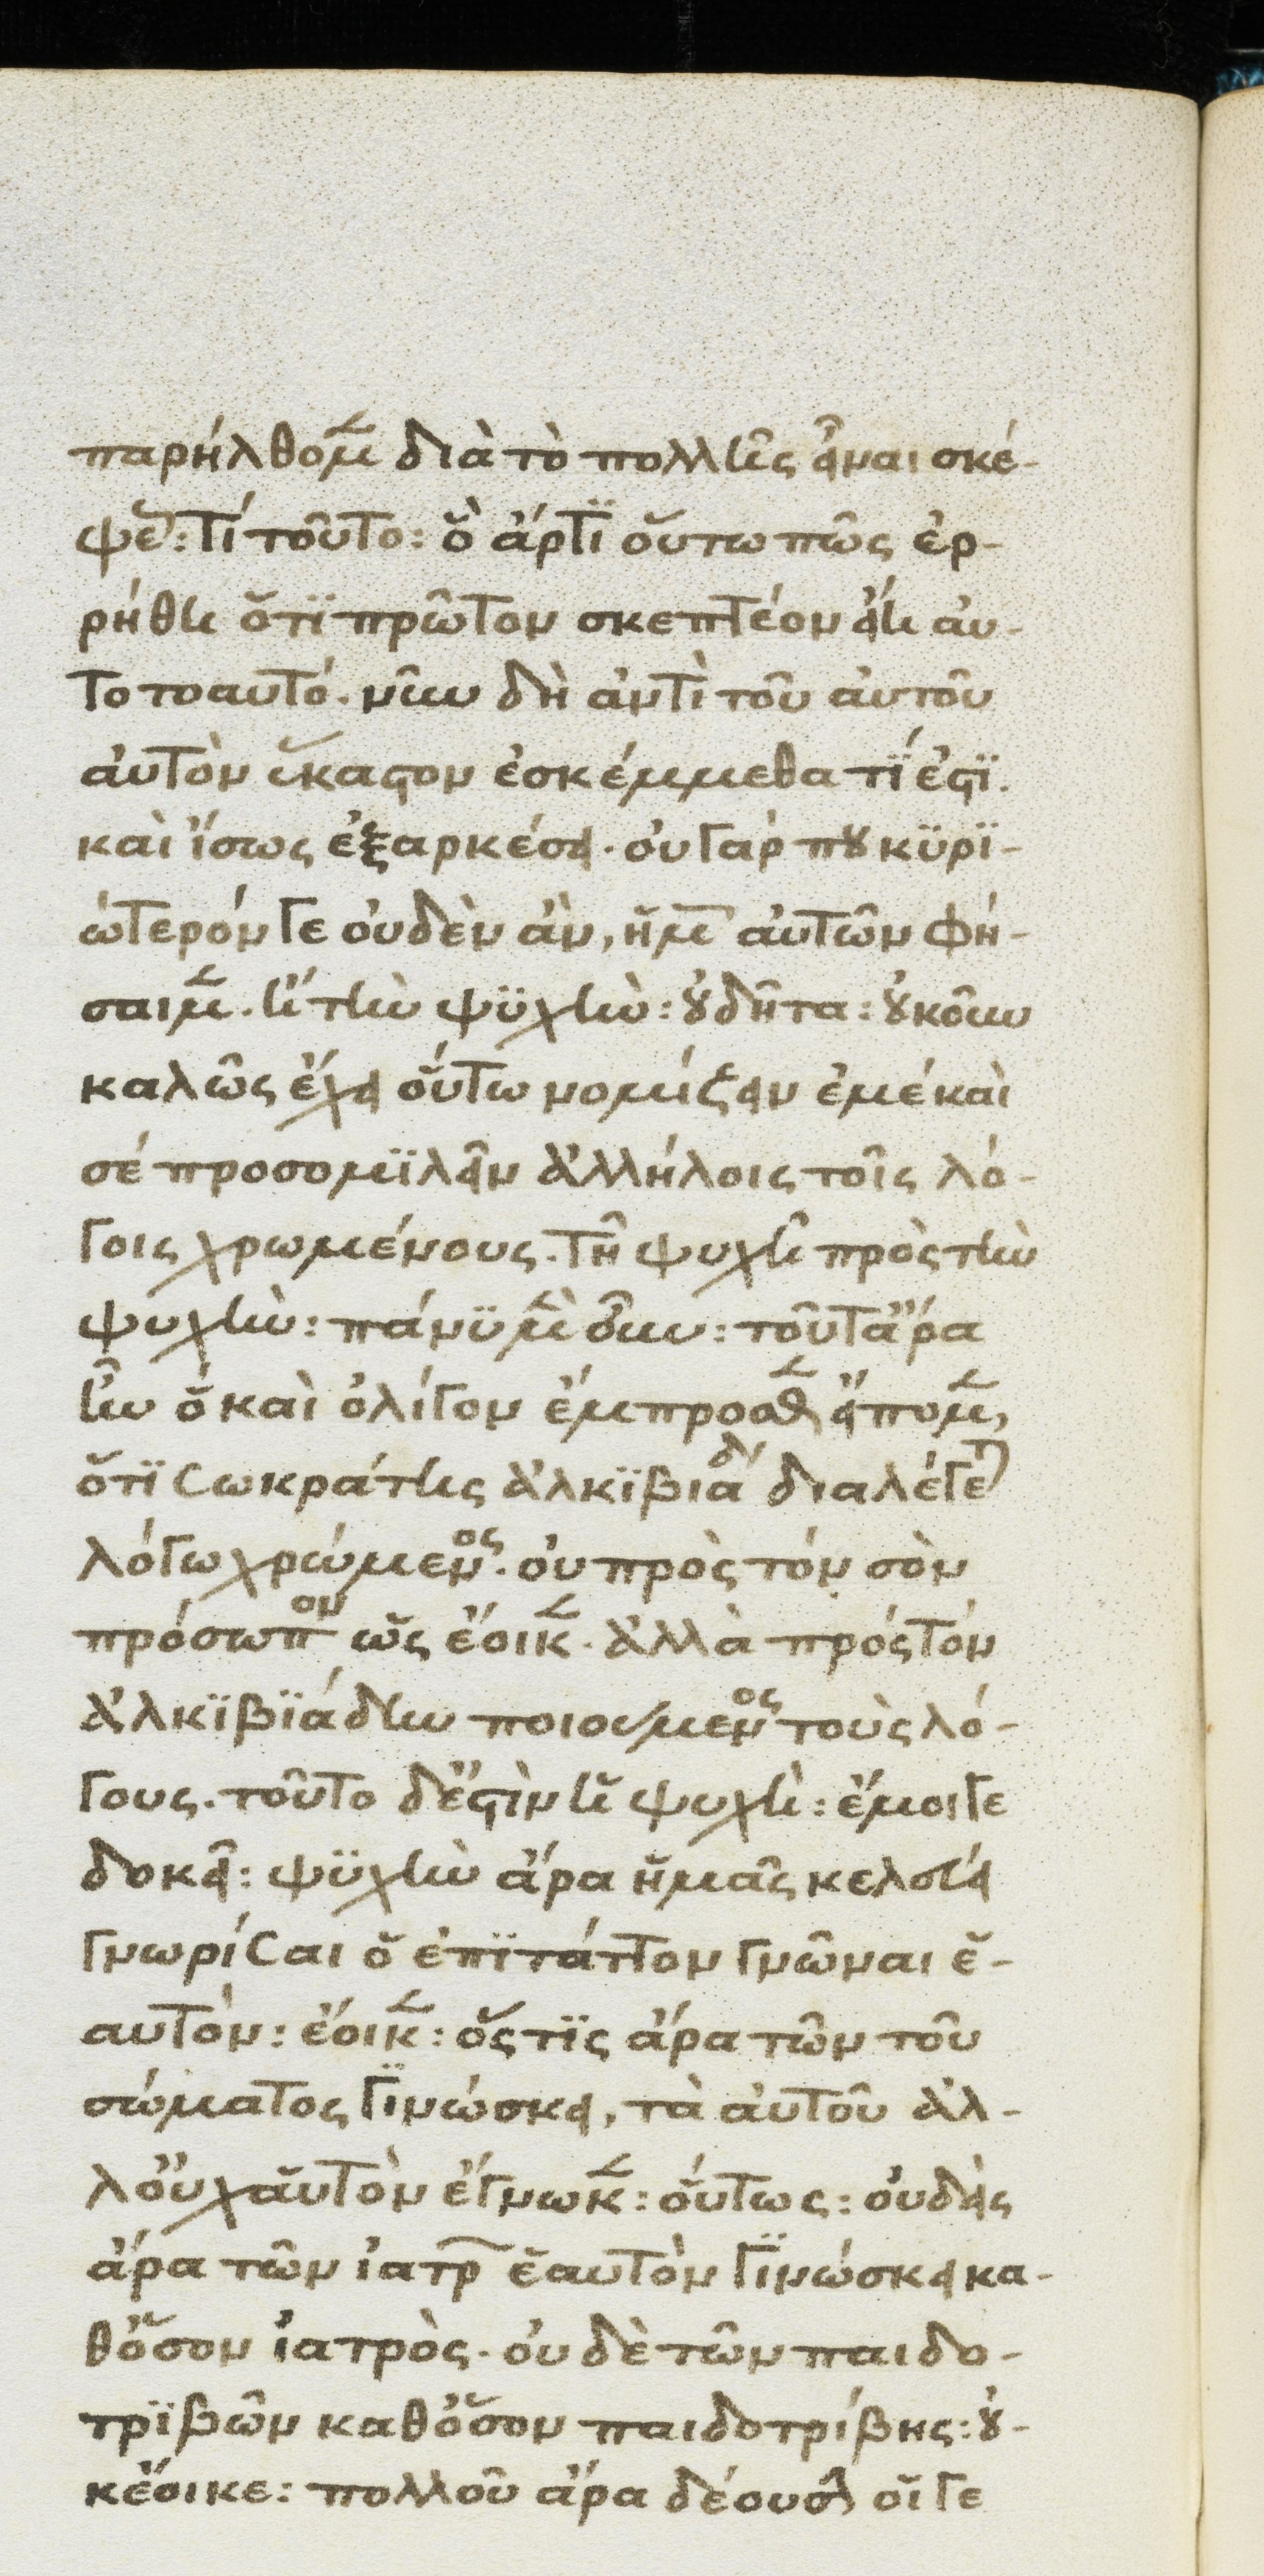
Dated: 1370–1430